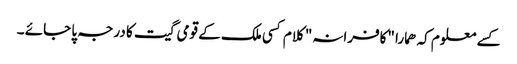
کسے معلوم کہ ھمارا "کافرانہ" کلام کسی ملک کے قومی گیت کا درجہ پا جائے ۔